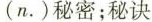
(n.)秘密；秘决